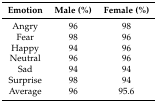
| Emotion | Male (%) | Female (%) |
 | --- | --- | --- |
 | Angry | 96 | 98 |
 | Fear | 98 | 96 |
 | Happy | 94 | 96 |
 | Neutral | 96 | 96 |
 | Sad | 94 | 94 |
 | Surprise | 98 | 94 |
 | Average | 96 | 95.6 |